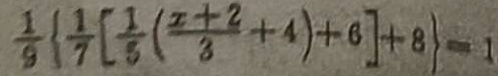
\frac { 1 } { 9 } \{ \frac { 1 } { 7 } [ \frac { 1 } { 5 } ( \frac { x + 2 } { 3 } + 4 ) + 6 ] + 8 \} = 1